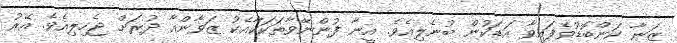
ޒަނާ ކަންބޮޑުވެފައިވާ އަޑަކުން ބުނެލިއެވެ. އީނާ ފުންނޭވާތަކަކާއެކު ޒަވާންއާ ދުރަށް ޖެހިލިއެވެ. އޭރު